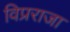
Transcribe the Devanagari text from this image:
विप्रराजा